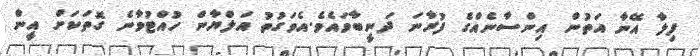
ފިލާ އޭނާ އަތުން އިންސާނެއްގެ ފުރާނަ ދަނީބާވައެވެ.އެވަގުތު އަލްޔާން ހުއްޓުވާނެ ގޮތަކަށް އީން